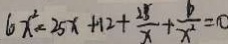
6 x ^ { 2 } = 2 5 x + 1 2 + \frac { 2 5 } { x } + \frac { b } { x ^ { 2 } } = 0